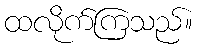
ထလိုက်ကြသည်။